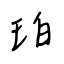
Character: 珀